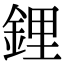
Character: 鋰